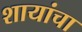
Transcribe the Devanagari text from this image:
शायांचा